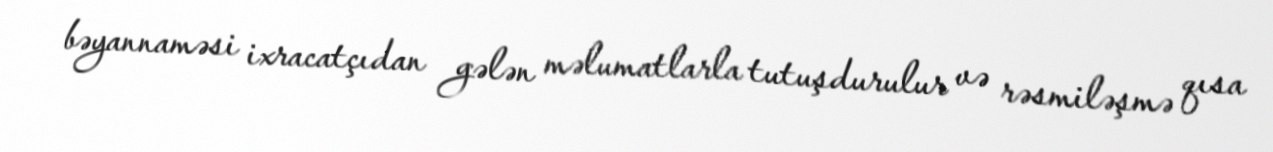
bəyannaməsi ixracatçıdan gələn məlumatlarla tutuşdurulur və rəsmiləşmə qısa